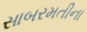
સાબરમતીના